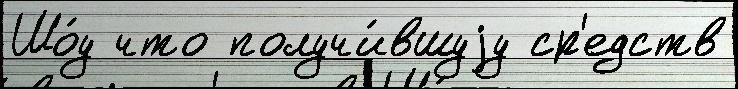
Шо́у что получи́вшуjу ср'едств